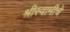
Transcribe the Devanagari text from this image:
श्रीस्वामीचे